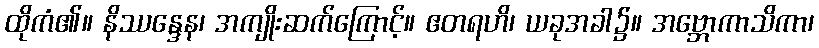
ထိုကံ၏။ နိဿန္ဒေန၊ အကျိုးဆက်ကြောင့်။ ဧတရဟိ၊ ယခုအခါ၌။ အဗ္ဘောကာသိကာ၊